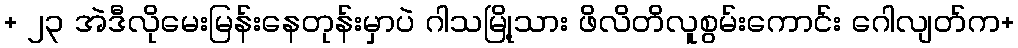
+ ၂၃ အဲဒီလိုမေးမြန်းနေတုန်းမှာပဲ ဂါသမြို့သား ဖိလိတိလူစွမ်းကောင်း ဂေါလျတ်က+